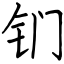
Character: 钔